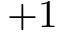
+ 1